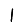
Digit: 1